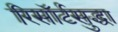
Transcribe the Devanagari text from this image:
रिसॉर्टसुद्धा